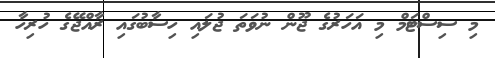
މި ސިސްޓަމް މި އަހަރުގެ ޖޫން ނުވަތަ ޖުލައި ހިސާބުގައި ރާއްޖޭގެ ހުރިހާ